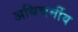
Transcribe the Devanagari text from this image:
अधिचर्मीय